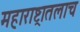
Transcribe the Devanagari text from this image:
महाराष्ट्रातलाच